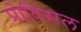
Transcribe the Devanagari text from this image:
प्रोविंसल